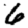
Digit: 6